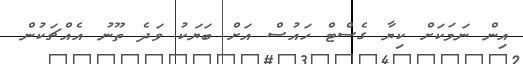
އިން ނަމަކަށް ކިޔާ ގެސްޓް ހައުސް އަށް ބަޔަކު ވަދެ ތޫނު އެއްޗަކުން